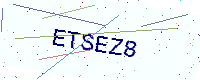
Text: ETSEZ8